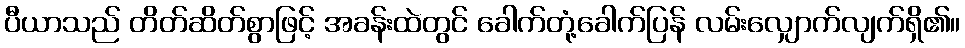
ပီယာသည် တိတ်ဆိတ်စွာဖြင့် အခန်းထဲတွင် ခေါက်တုံ့ခေါက်ပြန် လမ်းလျှောက်လျက်ရှိ၏။